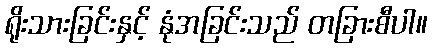
ရိုးသားခြင်းနှင့် နုံအခြင်းသည် တခြားစီပါ။